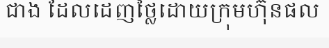
ជាង ដែលដេញថ្លៃដោយក្រុមហ៊ុនផល